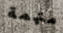
متهمة